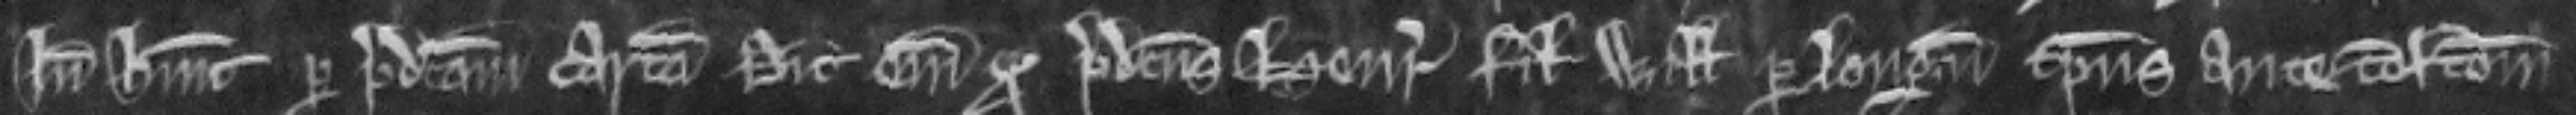
inde habuit per predictam cartam. Dicit enim quod predictus Henricus filius Willelmi per longum tempus ante confeccionem